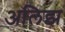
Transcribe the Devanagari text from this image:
अलिझ